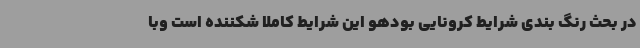
در بحث رنگ بندی شرایط کرونایی بودهو این شرایط کاملاً شکننده است وبا